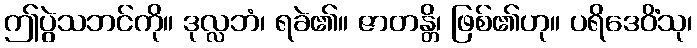
ဤပွဲသဘင်ကို။ ဒုလ္လဘံ၊ ရခဲ၏။ ဇာတန္တိ၊ ဖြစ်၏ဟု။ ပရိဒေဝိံသု၊